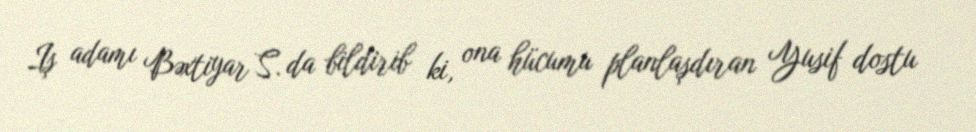
Iş adamı Bəxtiyar S. da bildirib ki, ona hücumu planlaşdıran Yusif dostu